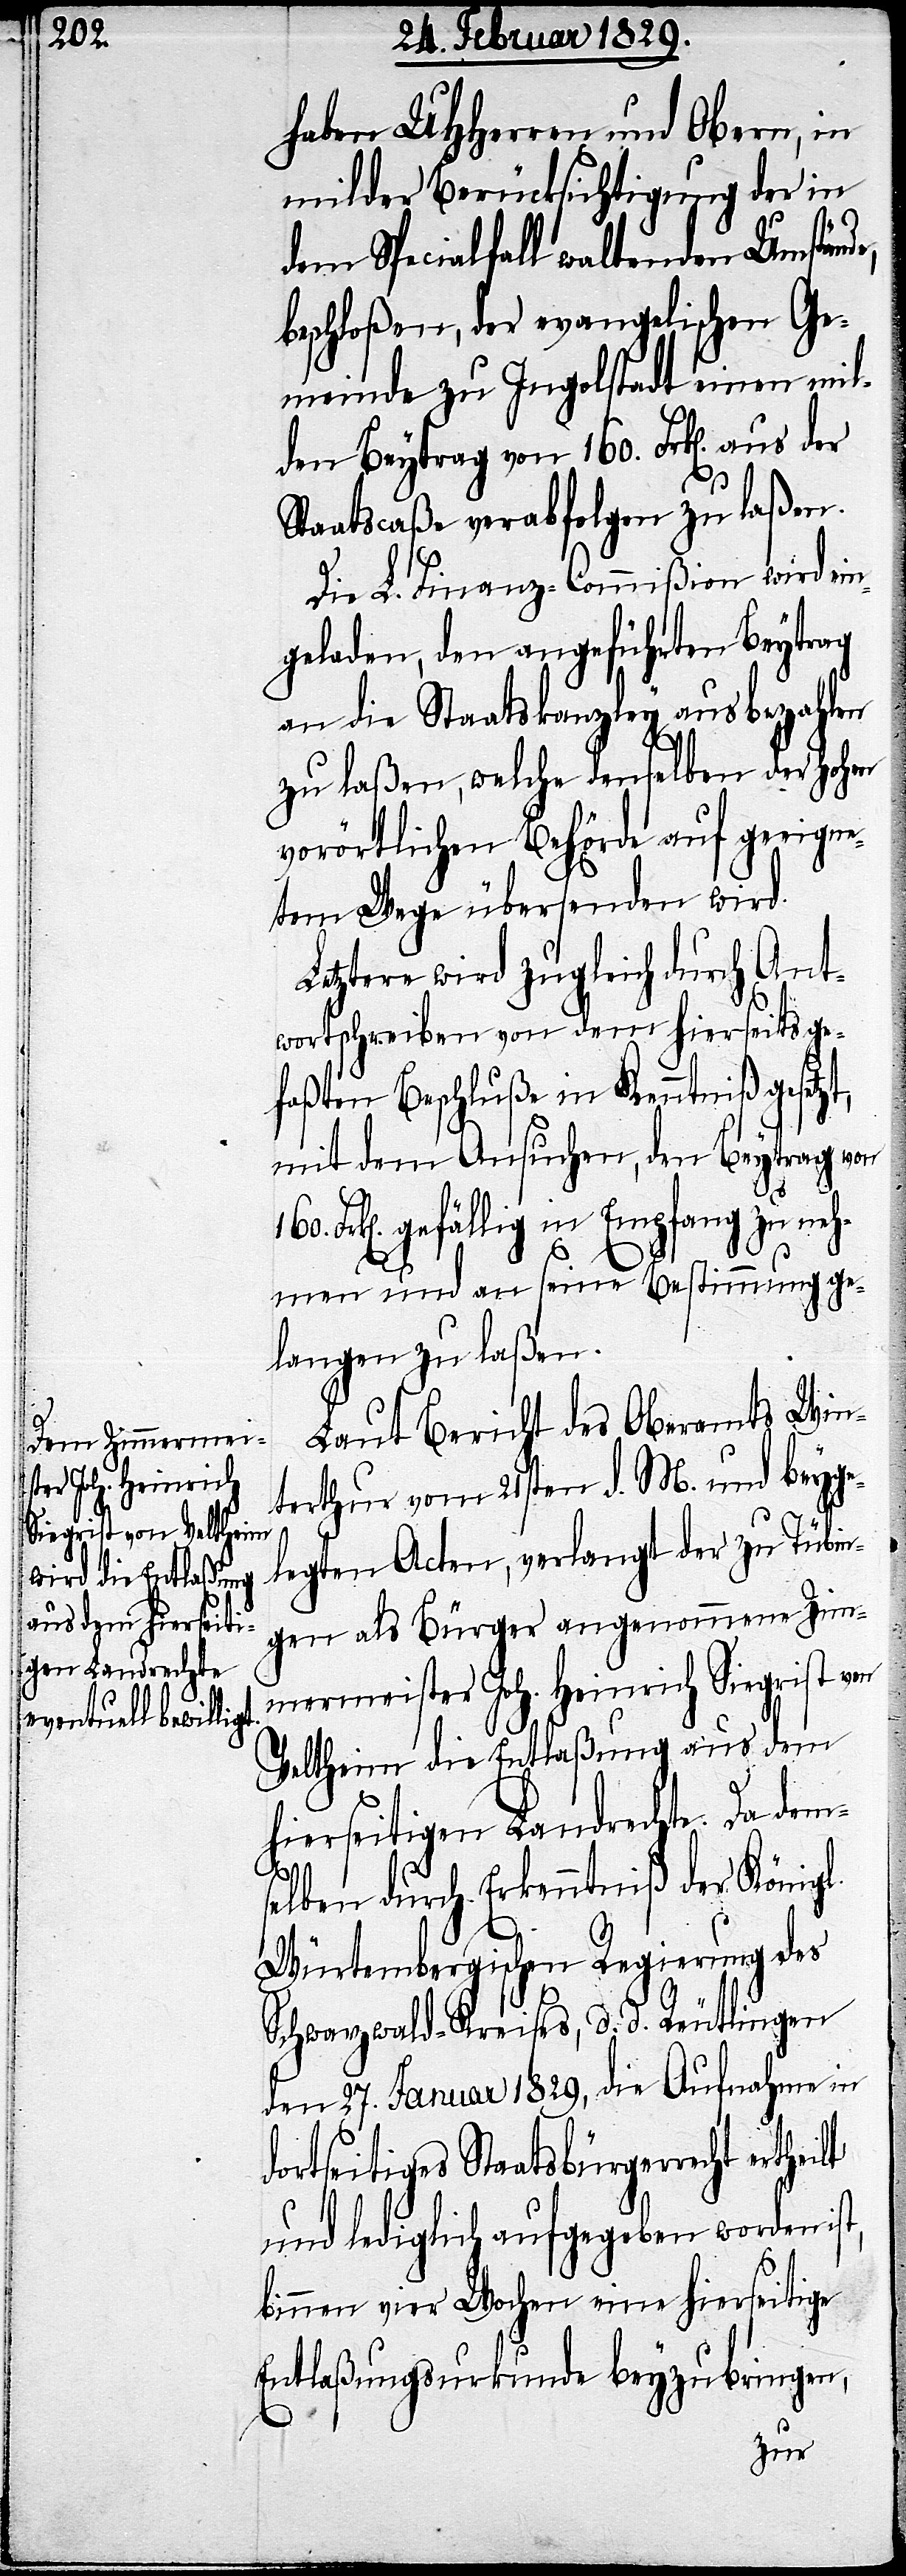
haben UHHerren und Obern, in
milder Berücksichtigung der in
dem Specialfall waltenden Umstände,
beschloßen, der evangelischen Ge¬
meinde zu Ingolstadt einen mil¬
den Beytrag von 160. Frk[en]. aus
Staatscaße verabfolgen zu laßen.
Die L. Finanz-Commißion wird ein¬
geladen, den angeführten Beytrag
an die Staatskanzley aus bezahlen
zu laßen, welche denselben der Hohen
vorörtlichen Behörde auf geeigne¬
tem Wege übersenden wird.
Letztere wird zugleich durch Ant¬
wortschreiben von dem hierseits ge¬
faßten Beschluße in Kenntniß gesetzt,
mit dem Ansuchen, den Beytrag von
Frk[en]. gefällig in Empfang zu neh¬
men und an seine Bestimmung ge¬
langen zu laßen.
Laut Bericht des Oberamts Win¬
terthur vom 21sten d. M. und beyge¬
legten Acten, verlangt der zu Tübin¬
gen als Bürger angenommene Zim¬
mermeister Joh. Heinrich Siegrist von
Veltheim die Entlaßung aus dem
hierseitigen Landrechte. Da dem¬
selben durch Erkenntniß der Königl.
Würtembergischen Regierung des
Schwarzwald-Kreises, d. d. Reutlingen
den 27. Januar 1829, die Aufnahme in
dortseitiges Staatsbürgerrecht
und lediglich aufgegeben worden ist,
binnen vier Wochen eine hierseitige
Entlaßungsurkunde beyzubringen,